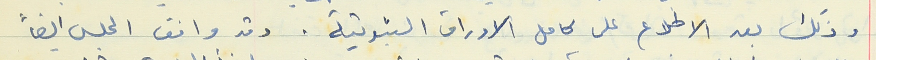
وذلك بعد الاطلاع على كامل الاوراق الثبوتية. وقد وافق المجلس ايضاً